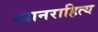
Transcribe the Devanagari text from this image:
ध्यानराहित्य